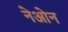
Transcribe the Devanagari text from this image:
नेओन